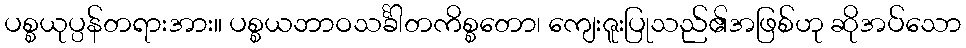
ပစ္စယုပ္ပန်တရားအား။ ပစ္စယဘာဝသင်္ခါတကိစ္စတော၊ ကျေးဇူးပြုသည်၏အဖြစ်ဟု ဆိုအပ်သော